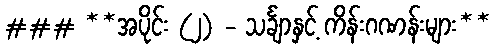
### **အပိုင်း (၂) - သင်္ချာနှင့် ကိန်းဂဏန်းများ**